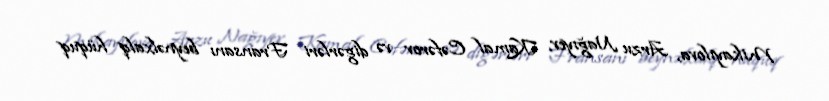
Mikayılova, Arzu Nağıyev, Kamal Cəfərov və digərləri Fransanı beynəlxalq hüquq